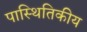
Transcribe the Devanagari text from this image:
पास्थितिकीय